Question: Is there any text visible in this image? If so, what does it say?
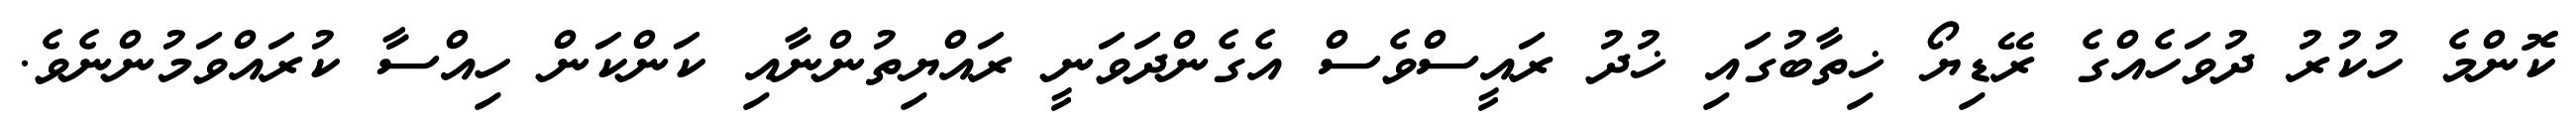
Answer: ކޮންމެ ހުކުރު ދުވަހެއްގެ ރޭޑިޔޯ ޚިތާބުގައި ޚުދު ރައީސްވެސް އެގެންދަވަނީ ރައްޔިތުންނާއި ކަންކަން ހިއްސާ ކުރައްވަމުންނެވެ.